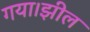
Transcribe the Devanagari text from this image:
गया।झील